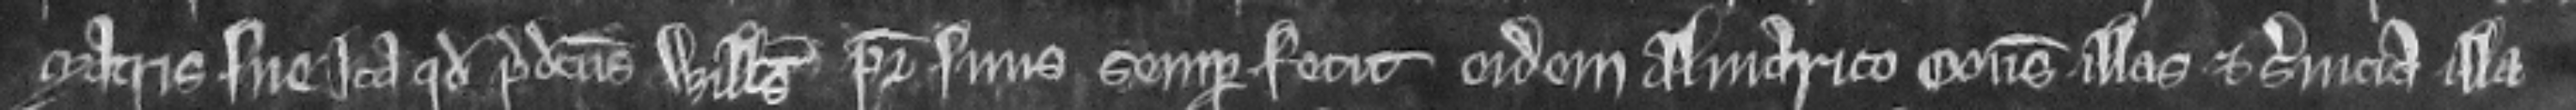
matris sue ita quod predictus Willelmus pater suus semper fecit eidem Almarico consuetudines illas et servicia illa